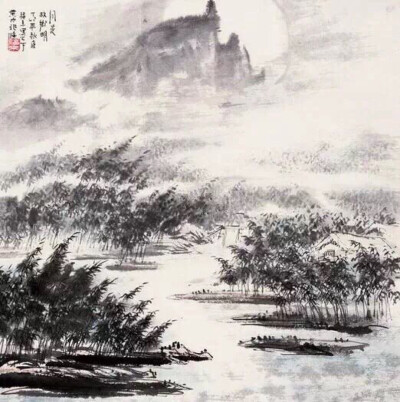
秋空明月悬，光彩露沾湿。